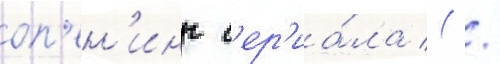
оп'ен'инг с'ер'иа́ла ( /